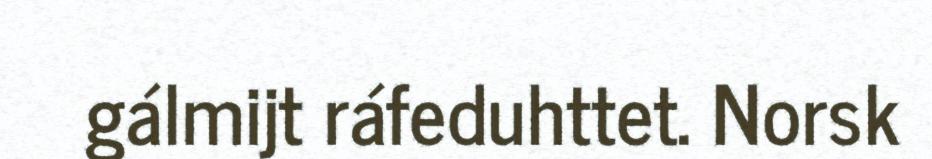
gálmijt ráfeduhttet. Norsk